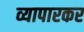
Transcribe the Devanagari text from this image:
व्यापारकर